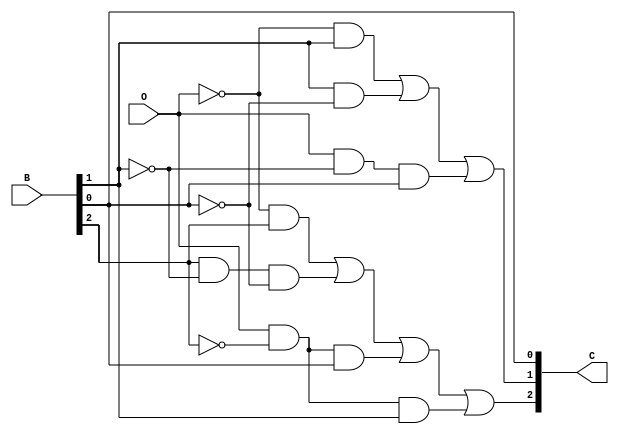
module complement (
  input O,

  
  input [2:0] B,
  output [2:0] C
                  );
  // Write your code here
  assign C[2] = (~O&B[2]) | (B[2]&~B[1]&~B[0])| (O&~B[2]&B[0]) | (O&~B[2]&B[1]);
  assign C[1] = (~O&B[1]) | (B[1]&~B[0]) | (O&~B[1]&B[0]);
  assign C[0] = B[0];

endmodule